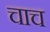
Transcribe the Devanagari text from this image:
चाच